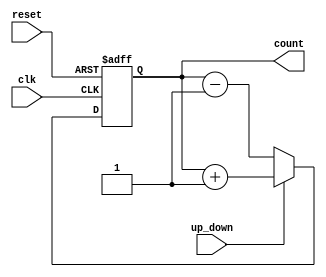
module UpDownCounter (
    input wire clk,          // Clock input
    input wire reset,        // Asynchronous reset input
    input wire up_down,      // Control signal: 1 for up, 0 for down
    output reg [3:0] count   // 4-bit current count value
);

    // Asynchronous reset and counting logic
    always @(posedge clk or posedge reset) begin
        if (reset) begin
            count <= 4'b0000; // Reset count to 0
        end else begin
            if (up_down) begin
                count <= count + 1; // Increment count
            end else begin
                count <= count - 1; // Decrement count
            end
        end
    end

endmodule